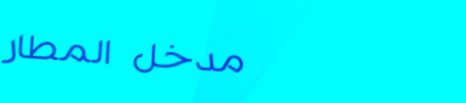
مدخل المطار